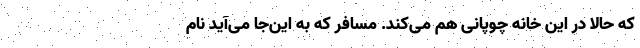
که حالا در این خانه چوپانی هم می‌کند. مسافر که به این‌جا می‌آید نام